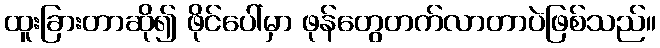
ထူးခြားတာဆို၍ ဖိုင်ပေါ်မှာ ဖုန်တွေတက်လာတာပဲဖြစ်သည်။